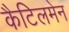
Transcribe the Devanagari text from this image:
कैटिलमेन